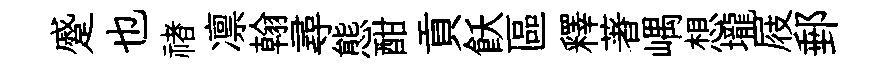
蹙也禇凛翰尋態酣貢飫區釋著嵎想壠屐郵